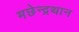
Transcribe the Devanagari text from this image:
मछेन्‍द्रथान